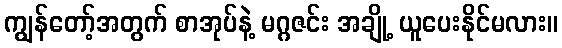
ကျွန်တော့်အတွက် စာအုပ်နဲ့ မဂ္ဂဇင်း အချို့ ယူပေးနိုင်မလား။